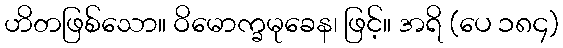
ဟိတဖြစ်သော။ ဝိမောက္ခမုခေန၊ ဖြင့်။ အရိ (ပေ ၁၈၄)